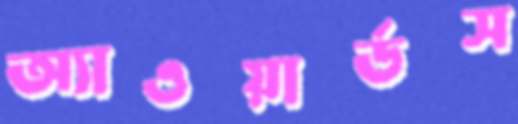
অ্যাওয়ার্ডস